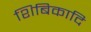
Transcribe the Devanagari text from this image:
शिबिकादि